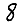
Digit: 8